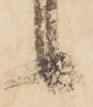
候